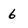
Character: 6